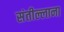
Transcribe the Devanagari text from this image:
संतील्लाना